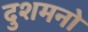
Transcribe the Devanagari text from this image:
दुशमनो